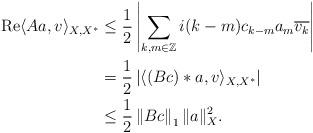
LaTeX: \begin{align*}\mathrm{Re}\langle Aa,v\rangle_{X,X^\ast}&\le\frac{1}{2}\left|\sum_{k,m\in\mathbb{Z}}i(k-m)c_{k-m}a_m\overline{v_k}\right|\\&=\frac{1}{2}\left|\langle(Bc)*a,v\rangle_{X,X^\ast}\right|\\&\le\frac{1}{2}\left\|Bc\right\|_1\|a\|_X^2.\end{align*}